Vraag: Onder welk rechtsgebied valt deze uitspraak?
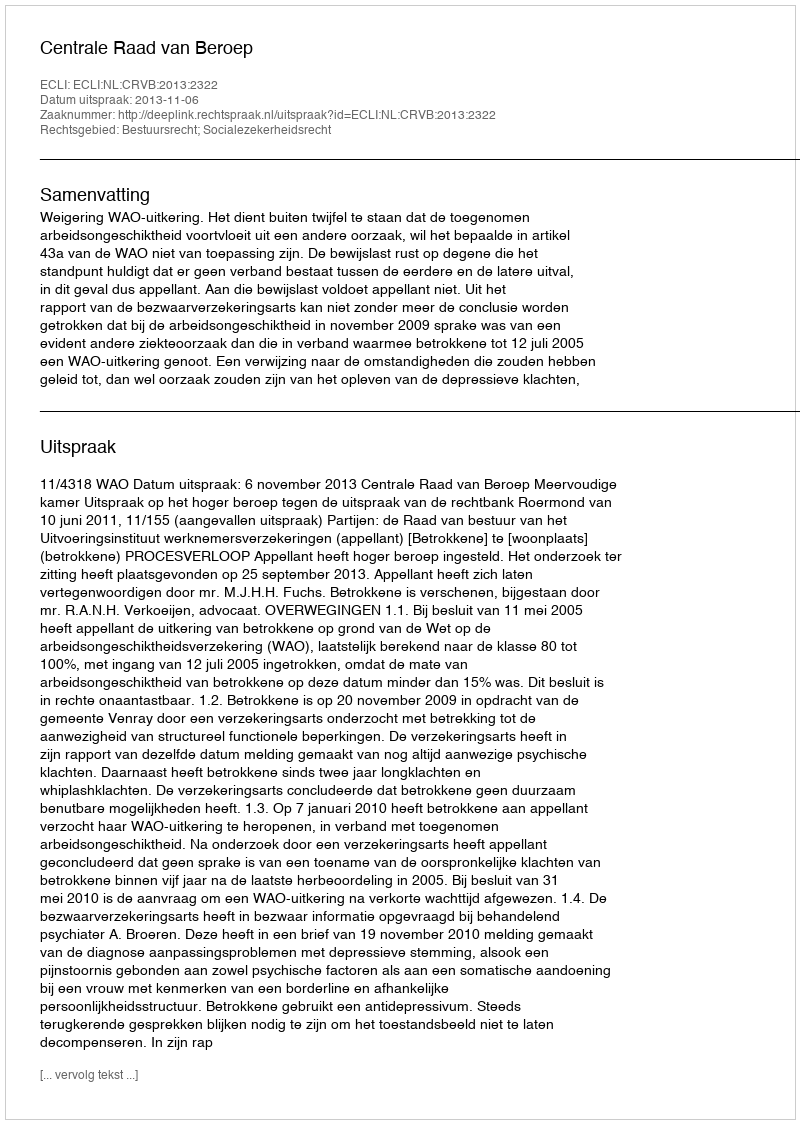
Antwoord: Bestuursrecht; Socialezekerheidsrecht